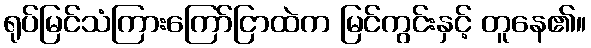
ရုပ်မြင်သံကြားကြော်ငြာထဲက မြင်ကွင်းနှင့် တူနေ၏။